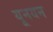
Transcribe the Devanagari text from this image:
यूनयन